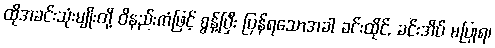
ထိုအခင်းသုံးမျိုးတို့ ဝိနည်းကံဖြင့် စွန့်ပြီး ပြန်ရသောအခါ ခင်းထိုင်, ခင်းအိပ် မပြုရ၊